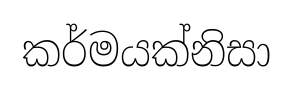
කර්මයක්නිසා